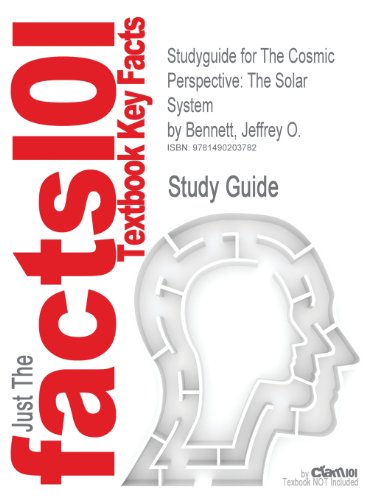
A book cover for Studyguide for the Cosmic Perspective: The Solar System by Bennett, Jeffrey O., ISBN 9780321841063; Cram101 Textbook Reviews; Science & Math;